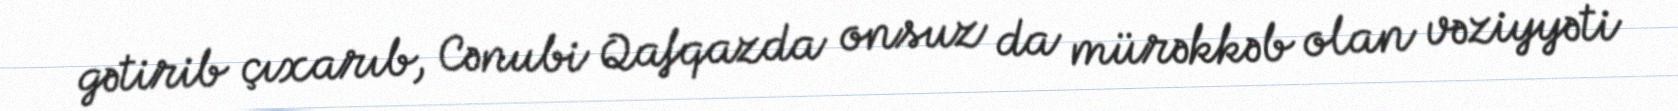
gətirib çıxarıb, Cənubi Qafqazda onsuz da mürəkkəb olan vəziyyəti